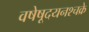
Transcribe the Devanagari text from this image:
वषेषूदयनश्चक्रे